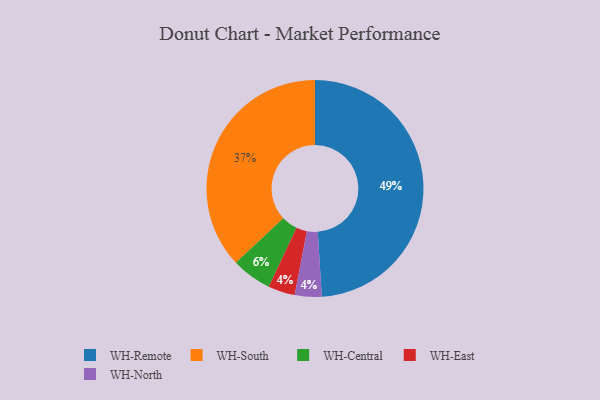
{"axis": {"x": "Category", "y": "Percentage"}, "legend": ["WH-Central", "WH-East", "WH-North", "WH-Remote", "WH-South"], "data": [{"x": "WH-Central", "y": 6, "type": "WH-Central"}, {"x": "WH-East", "y": 4, "type": "WH-East"}, {"x": "WH-Remote", "y": 49, "type": "WH-Remote"}, {"x": "WH-South", "y": 37, "type": "WH-South"}, {"x": "WH-North", "y": 4, "type": "WH-North"}]}